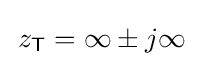
\,z_{\mathsf {T}}=\infty \pm j\infty